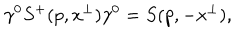
\gamma ^ { 0 } S ^ { + } ( p , x ^ { \perp } ) \gamma ^ { 0 } = S ( p , - x ^ { \perp } ) ,